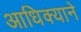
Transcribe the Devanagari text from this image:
आधिक्याने